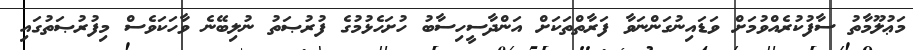
މަޢުލޫމާތު ސާފުކުރެއްވުމަށް ވަޑައިނުގަންނަވާ ފަރާތްތަކަށް އަންދާސީހިސާބު ހުށަހެޅުމުގެ ފުރުޞަތު ނުލިބޭނެ ވާހަކަވެސް މިފުރުޞަތުގައި